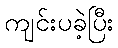
ကျင်းပခဲ့ပြီး